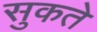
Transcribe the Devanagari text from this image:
सुकते